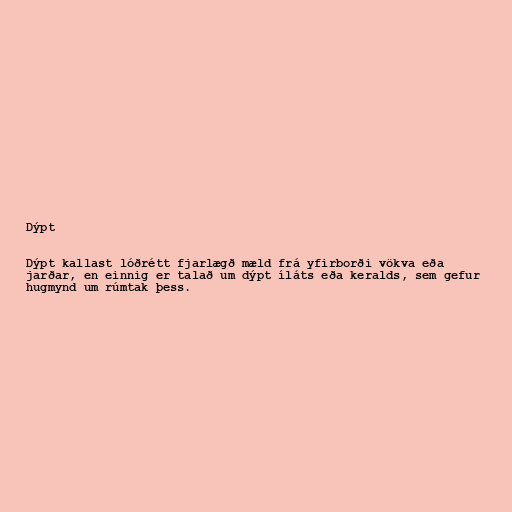
Dýpt

Dýpt kallast lóðrétt fjarlægð mæld frá yfirborði vökva eða
jarðar, en einnig er talað um dýpt íláts eða keralds, sem gefur
hugmynd um rúmtak þess.